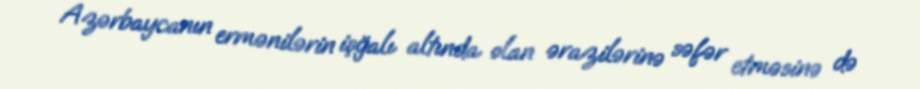
Azərbaycanın ermənilərin işğalı altında olan ərazilərinə səfər etməsinə də